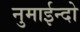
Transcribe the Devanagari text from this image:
नुमाईन्दो